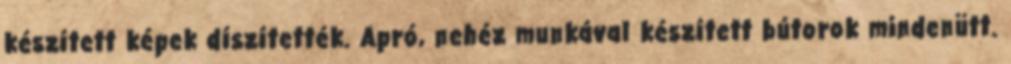
készített képek díszítették. Apró, nehéz munkával készített bútorok mindenütt.